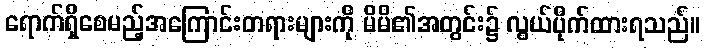
ရောက်ရှိစေမည့်အကြောင်းတရားများကို မိမိ၏အတွင်း၌ လွယ်ပိုက်ထားရသည်။